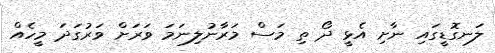
ލަނގޮޑީގައި ނާށި އެޅީ ދޯ ތި މަސް މަރާނުލިނަމަ ވަރަށް ވަރުގަދަ މީހެއް